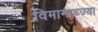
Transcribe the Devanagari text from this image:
विमानाच्ज्या